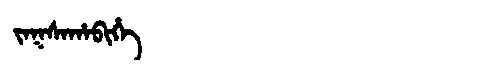
Manchu: ᠵᠠᡴᠰᠠᡥᠠᠪᡳᡥᡝ
Romanization: JAKSAHABIHE